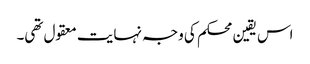
اس یقین محکم کی وجہ نہایت معقول تھی۔